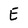
Character: E